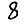
Digit: 8